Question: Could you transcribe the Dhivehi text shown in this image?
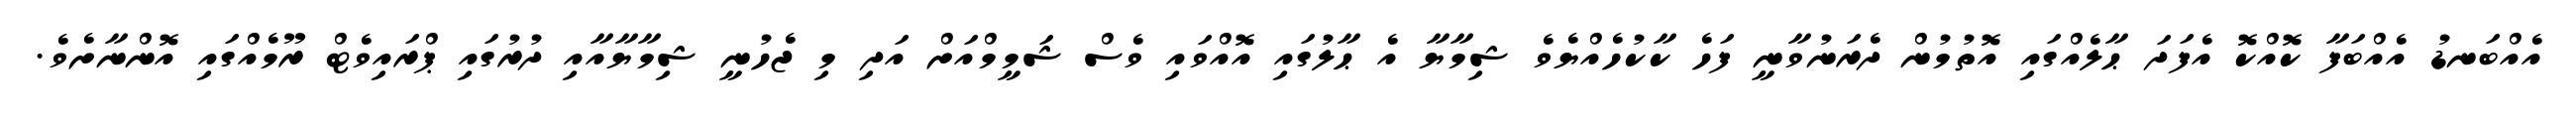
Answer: އެއްބަނޑު އެއްބަފާ ކޮއްކޮ އެފަދަ ޙާލެއްގައި އޮތުމުން ދެރަނުވާނީ ފަހެ ކާކުހެއްޔެވެ ޝިމާޔާ އެ ޙާލުގައި އޮއްވައި ވެސް ޝަމީމްއަށް އަދި މި ޖެހުނީ ޝިމާޔާއާއި ދުރުގައި ޕްރައިވެޓް ރޫމެއްގައި އޮންނާށެވެ.